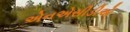
એનએસીડીએ